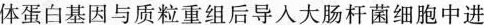
体蛋白基因与质粒重组后导人大肠杆菌细胞中进